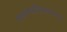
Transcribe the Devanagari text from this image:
कस्टम्सविभागाच्या